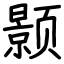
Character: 颢